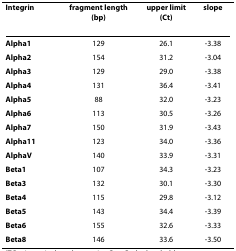
| Integrin | fragment length(bp) | upper limit(Ct) | slope |
 | --- | --- | --- | --- |
 | Alpha1 | 129 | 26.1 | -3.38 |
 | Alpha2 | 154 | 31.2 | -3.04 |
 | Alpha3 | 129 | 29.0 | -3.38 |
 | Alpha4 | 131 | 36.4 | -3.41 |
 | Alpha5 | 88 | 32.0 | -3.23 |
 | Alpha6 | 113 | 30.5 | -3.26 |
 | Alpha7 | 150 | 31.9 | -3.43 |
 | Alpha11 | 123 | 34.0 | -3.36 |
 | AlphaV | 140 | 33.9 | -3.31 |
 | Beta1 | 107 | 34.3 | -3.23 |
 | Beta3 | 132 | 30.1 | -3.30 |
 | Beta4 | 115 | 29.8 | -3.12 |
 | Beta5 | 143 | 34.4 | -3.39 |
 | Beta6 | 155 | 32.6 | -3.33 |
 | Beta8 | 146 | 33.6 | -3.50 |